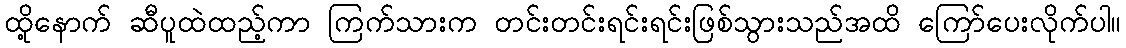
ထို့နောက် ဆီပူထဲထည့်ကာ ကြက်သားက တင်းတင်းရင်းရင်းဖြစ်သွားသည်အထိ ကြော်ပေးလိုက်ပါ။